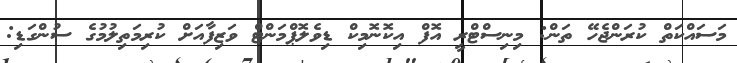
މަސައްކަތް ކުރަންޖެހޭ ތަން: މިނިސްޓްރީ އޮފް އިކޮނޮމިކް ޑިވެލޮޕްމަންޓް ވަޒިފާއަށް ކުރިމަތިލުމުގެ ސުންގަޑި: